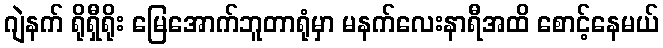
ဂျဲနက် ရိုရှီရိုး မြေအောက်ဘူတာရုံမှာ မနက်လေးနာရီအထိ စောင့်နေမယ်